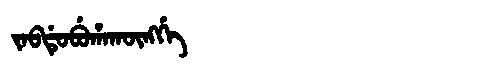
Manchu: ᠵᠠᠪᡩᡠᠪᡠᡥᠠᡴᡡᠩᡤᡝ
Romanization: JABDUBUHAKŪNGGE